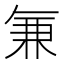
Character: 𭁐